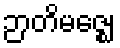
ဉာတိမဇ္ဈေ